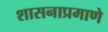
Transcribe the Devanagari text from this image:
शासनाप्रमाणे